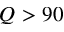
Q > 9 0